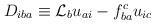
LaTeX: \begin{align*}D_{iba}\equiv{\cal L}_b u_{ai}-f^{c}_{ba}u_{ic}\end{align*}